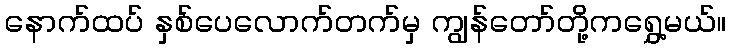
နောက်ထပ် နှစ်ပေလောက်တက်မှ ကျွန်တော်တို့ကရွှေ့မယ်။